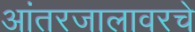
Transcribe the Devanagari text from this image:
आंतरजालावरचे